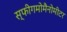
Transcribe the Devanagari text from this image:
स्फीगमोमैनोमीटर